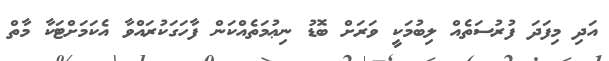
އަދި މިފަދަ ފުރުސަތެއް ލިބުމަކީ ވަރަށް ބޮޑު ނިޢުމަތެއްކަން ފާހަގަކުރައްވާ އެކަމަށްޓަކާ މާތް